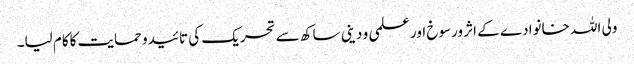
ولی اللہ خانوادے کے اثر ورسوخ اور علمی و دینی ساکھ سے تحریک کی تائیدو حمایت کاکام لیا۔